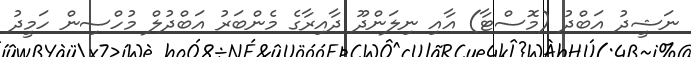
ނަޝީދު އަބްދު (މޮސްޓާ) އާއި ނިލަންދޫ ދާއިރާގެ މެންބަރު އަބްދުލް މުހްސިން ހަމީދު